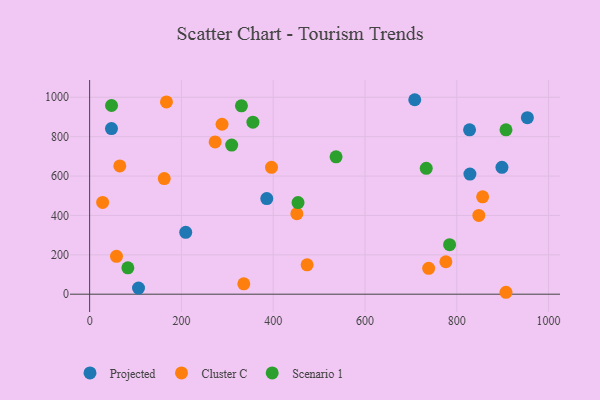
{"axis": {"x": "Experience", "y": "Demand"}, "legend": ["Cluster C", "Projected", "Scenario 1"], "data": [{"x": "827.9", "y": 834.9, "type": "Projected"}, {"x": "209.4", "y": 314.0, "type": "Projected"}, {"x": "898.5", "y": 644.1, "type": "Projected"}, {"x": "953.9", "y": 896.4, "type": "Projected"}, {"x": "708.5", "y": 987.6, "type": "Projected"}, {"x": "47.6", "y": 841.1, "type": "Projected"}, {"x": "106.5", "y": 31.3, "type": "Projected"}, {"x": "828.7", "y": 610.0, "type": "Projected"}, {"x": "386.0", "y": 485.4, "type": "Projected"}, {"x": "167.4", "y": 976.3, "type": "Cluster C"}, {"x": "848.1", "y": 400.2, "type": "Cluster C"}, {"x": "776.3", "y": 164.9, "type": "Cluster C"}, {"x": "907.3", "y": 9.8, "type": "Cluster C"}, {"x": "473.9", "y": 149.2, "type": "Cluster C"}, {"x": "28.3", "y": 466.2, "type": "Cluster C"}, {"x": "856.4", "y": 494.3, "type": "Cluster C"}, {"x": "65.7", "y": 651.2, "type": "Cluster C"}, {"x": "288.5", "y": 863.0, "type": "Cluster C"}, {"x": "451.6", "y": 409.1, "type": "Cluster C"}, {"x": "58.5", "y": 192.5, "type": "Cluster C"}, {"x": "738.8", "y": 131.6, "type": "Cluster C"}, {"x": "396.3", "y": 644.5, "type": "Cluster C"}, {"x": "273.5", "y": 773.2, "type": "Cluster C"}, {"x": "335.9", "y": 52.5, "type": "Cluster C"}, {"x": "162.6", "y": 587.4, "type": "Cluster C"}, {"x": "83.3", "y": 133.9, "type": "Scenario 1"}, {"x": "454.1", "y": 465.1, "type": "Scenario 1"}, {"x": "537.0", "y": 697.6, "type": "Scenario 1"}, {"x": "47.7", "y": 958.4, "type": "Scenario 1"}, {"x": "907.3", "y": 834.5, "type": "Scenario 1"}, {"x": "309.5", "y": 757.4, "type": "Scenario 1"}, {"x": "355.8", "y": 873.6, "type": "Scenario 1"}, {"x": "330.8", "y": 956.4, "type": "Scenario 1"}, {"x": "784.4", "y": 251.4, "type": "Scenario 1"}, {"x": "733.5", "y": 639.2, "type": "Scenario 1"}]}